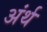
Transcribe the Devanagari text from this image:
अंर्थ